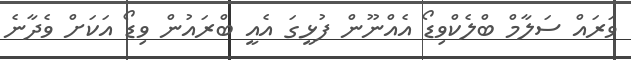
ވަރައް ސަލާމް ބްލެކްވިޑޯ އެއްނޫން ފުޅީގަ އެއީ ބްރައުން ވިޑޯ އަކަށް ވެދާނެ